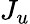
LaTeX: J_{u}